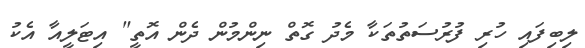
ލިބިފައި ހުރި ފުރުސަތުތަކާ މެދު ގޮތް ނިންމުން ދެން އޮތީ" އިޓަލީއާ އެކު